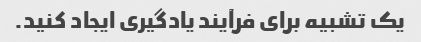
یک تشبیه برای فرآیند یادگیری ایجاد کنید.